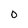
Character: O